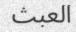
العبث